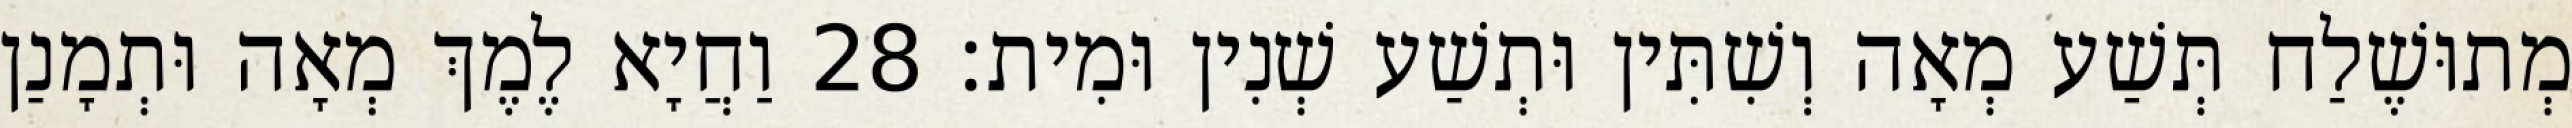
מְתוּשֶׁלַח תְּשַׁע מְאָה וְשִׁתִּין וּתְשַׁע שְׁנִין וּמִית׃ 28 וַחֲיָא לֶמֶךְ מְאָה וּתְמָנַן